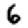
Digit: 6